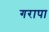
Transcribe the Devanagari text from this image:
गरापा